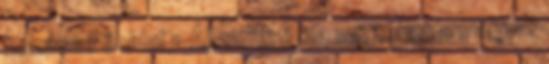
hozása Főoldal » Államférfi ma mit tehet a magyar